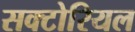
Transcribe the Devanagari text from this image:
सक्टोरियल